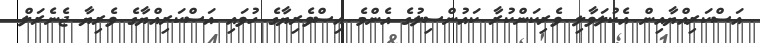
އަސްކަރިއްޔާއިން އެކުލަވާލި ވެރިކަންކުރާ ކައުންސިލުގެ އެންމެ އިސްވެރިޔާގެ ހުވައި އަސްކަރިއްޔާގެ ވެރިޔާ ޖެނެރަލް